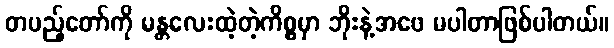
တပည့်တော်ကို မန္တလေးထဲ့တဲ့ကိစ္စမှာ ဘိုးနဲ့အဖေ မပါတာဖြစ်ပါတယ်။